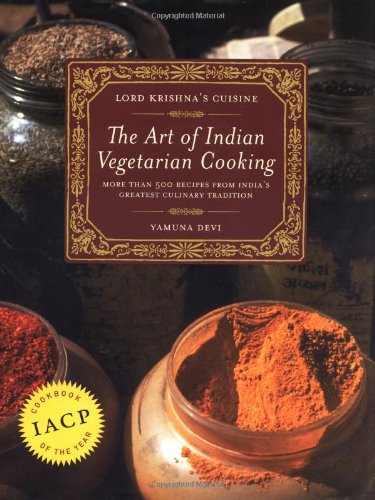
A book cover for Lord Krishna's Cuisine: The Art of Indian Vegetarian Cooking; Yamuna Devi; Cookbooks, Food & Wine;